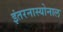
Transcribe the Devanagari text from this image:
इंतरनास्योनाल